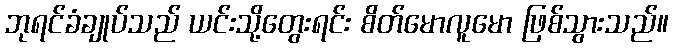
ဘုရင်ခံချုပ်သည် ယင်းသို့တွေးရင်း စိတ်မောလူမော ဖြစ်သွားသည်။